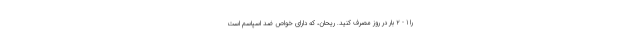
را 1 - 2 بار در روز مصرف کنید. ریحان، که دارای خواص ضد اسپاسم است